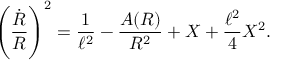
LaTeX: \left( { \frac { \dot { R } } { R } } \right) ^ { 2 } = { \frac { 1 } { \ell ^ { 2 } } } - { \frac { A ( R ) } { R ^ { 2 } } } + X + { \frac { \ell ^ { 2 } } { 4 } } X ^ { 2 } .